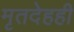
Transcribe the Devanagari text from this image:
मृतदेहही